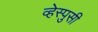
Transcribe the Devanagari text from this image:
व्हेस्पुसी